system: You are a helpful assistant.
user:
Analyze the provided spectrum to determine if it is a **"Cataclysmic Variables (CV)"**.

- **Key Indicators for CV (Check for either state):**
    - **State 1: Quiescent / Low-State (Emission-Dominated)**
        - **(Primary):** Strong and *very broad* Hydrogen Balmer emission lines (e.g., $H\alpha$ at 6563 Å, $H\beta$ at 4861 Å). The 'broadness' (high velocity dispersion, often FWHM > 1000 km/s) is the key diagnostic, indicating a high-velocity accretion disk.
        - **(Secondary):** Broad neutral Helium (He I) emission lines (e.g., 5876 Å, 6678 Å).
        - **(Key Confirmation):** Presence of high-excitation *ionized* Helium (He II) emission at 4686 Å. This is a strong indicator of accretion onto a white dwarf.
        - **(Line Profile):** Emission lines may exhibit a 'double-peaked' profile, which is a classic signature of a rotating accretion disk viewed at high inclination.

    - **State 2: Outburst / High-State (Absorption-Dominated)**
        - **(Primary):** Spectrum is dominated by a bright, blue continuum (looks like a hot star).
        - **(Secondary):** The emission lines from State 1 are weak, absent, or 'filled in', and are replaced by broad, shallow *absorption* lines (primarily Balmer and He I).
        - **(Morphology):** The overall spectrum mimics a hot B/A-type star. The crucial difference is that the absorption lines are significantly broader, shallower, and more 'washed-out' (or 'smeared') than the sharp lines of a normal stellar photosphere, due to high rotational speeds and pressure broadening in the disk.

Think first, call **spectral_visualization_tool** if needed to examine features in detail, then provide your final answer. Your response must adhere to the following strict rules:
1.  **Overall Structure:** Your response must follow the format `<think>...</think> <tool_call>...</tool_call> (if a tool is used) <answer>...</answer>`.
2.  **Tool Usage Constraint:** You may only make **one** tool call per turn.
3.  **Final Answer Format:** In the `<answer>` tag, your conclusion must be inside a `\boxed{}` command (e.g., `\boxed{YES}`), followed by your justification.

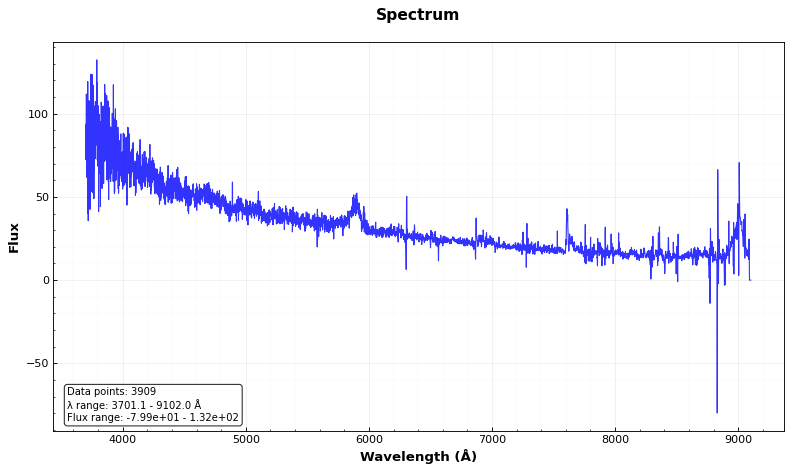
Answer: NO